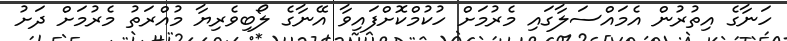
ހަނާގެ އިތުރުން އެމައްސަލާގައި މެރުމަށް ހުކުމްކޮށްފައިވާ އޭނާގެ ލޯބިވެރިޔާ މުއްރަތު މެރުމަށް ދަށު